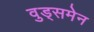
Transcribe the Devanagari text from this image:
वुड्समेन